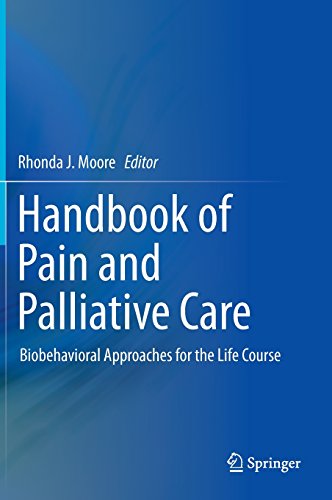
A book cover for Handbook of Pain and Palliative Care: Biobehavioral Approaches for the Life Course; Self-Help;